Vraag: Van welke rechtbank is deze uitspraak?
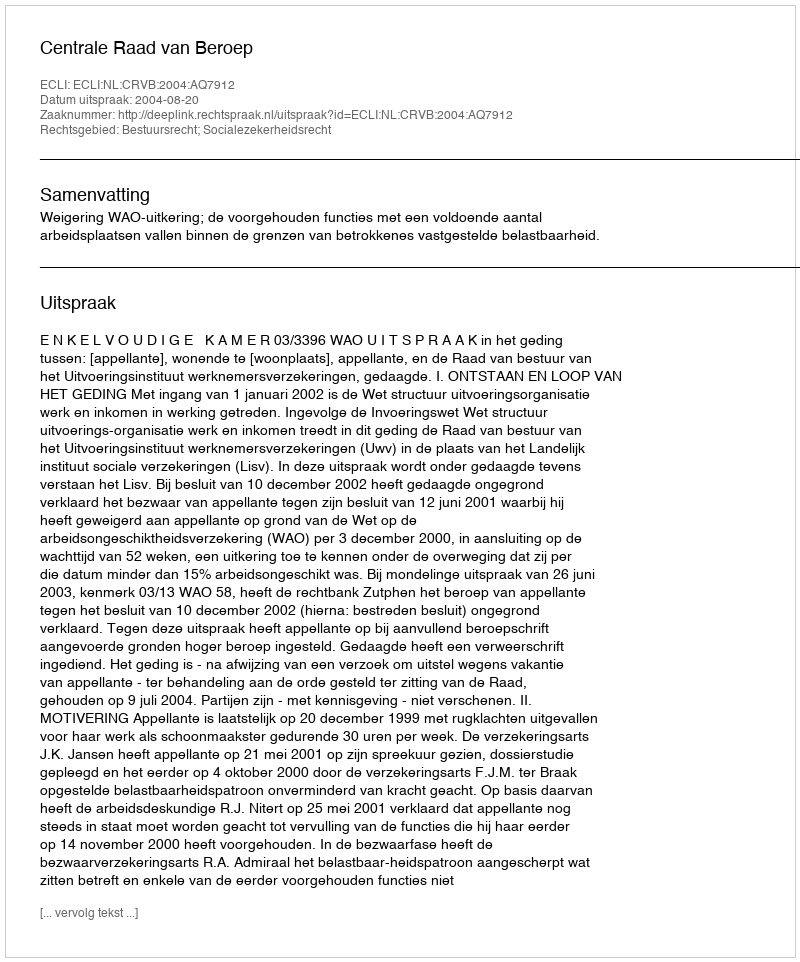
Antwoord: Centrale Raad van Beroep